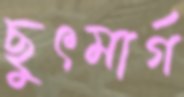
ছুৎমার্গ